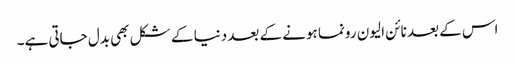
اس کے بعد نائن الیون رونما ہونے کے بعد دنیا کے شکل بھی بدل جاتی ہے۔